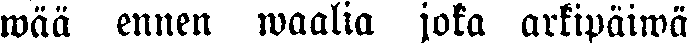
wää ennen waalia joka arkipäiwä